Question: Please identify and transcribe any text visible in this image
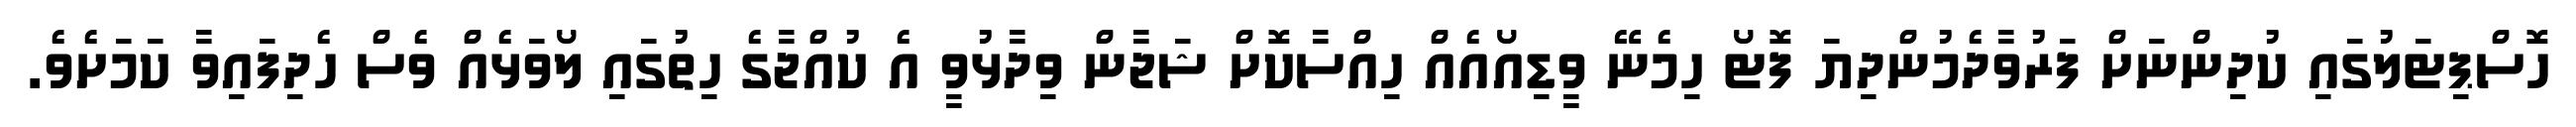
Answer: ހޮސްޕިޓަލުގައި ކުދިންނަށް ފަރުވާދެމުންދިޔަ ފޮޓޯ ހިމެނޭ ވީޑިއޯއެއް ހިއްސާކޮށް ޝަޖާން ވިދާޅުވީ އެ ކުއްޖާގެ ހިތުގައި ލޯވަޅެއް ވެސް ހެދިފައިވާ ކަމަށެވެ.